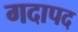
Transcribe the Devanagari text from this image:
गदापद